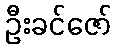
ဦးခင်ဇော်